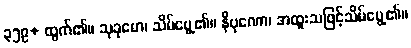
၃၅၉+ ထွက်၏။ သုခုမော၊ သိမ်မွေ့၏။ နိပုဏော၊ အထူးသဖြင့်သိမ်မွေ့၏။